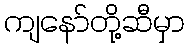
ကျနော်တို့ဆီမှာ